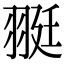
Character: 𦐿